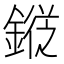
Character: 𨪯